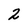
Character: 2